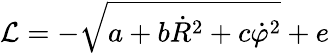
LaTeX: {\cal L}=-\sqrt{a+b\dot{R}^{2}+c\dot{\varphi}^{2}}+e